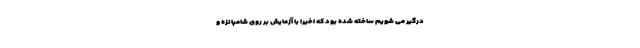
درگیر می شویم ساخته شده بود که اخیرا با آزمایش بر روی شامپانزه و